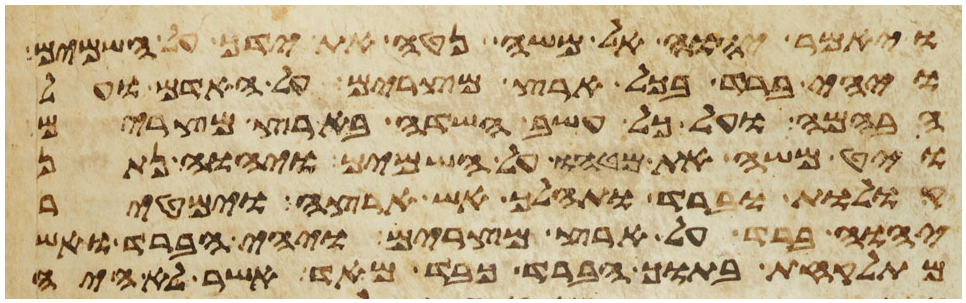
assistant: ויאמר יהוה אל משה נטה את ידך על השמים
ויהי ברד בכל ארץ מצרים על האדם ועל
הבהמה ועל כל עשב השדה בארץ מצרים
ויט משה את מטהו על השמים ויהוה נתן
קולות וברד ותהלך אש ארצה וימטיר
יהוה ברד על ארץ מצרים ויהי הברד ואש
מתלקחת בתוך הברד כבד מאד אשר לא היה